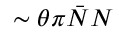
\sim \theta \pi \bar { N } N